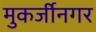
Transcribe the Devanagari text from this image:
मुकर्जीनगर